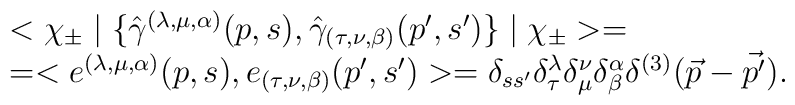
\begin{array}{l}<\chi_{\pm}\mid\{ {\hat{\gamma}}^{(\lambda,\mu,\alpha)}(p,s),{\hat{\gamma}}_{(\tau,\nu,\beta)}(p',s')\}\mid\chi_{\pm}>=\\=<e^{(\lambda,\mu,\alpha)}(p,s),e_{(\tau,\nu,\beta)}(p',s')>=\delta_{ss'}\delta^{\lambda}_{\tau}\delta^{\nu}_{\mu}\delta^{\alpha}_{\beta}\delta^{(3)}(\vec{p}-\vec{p'}).\end{array}